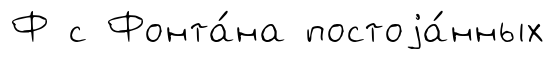
Ф с Фонта́на постоjа́нных